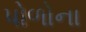
પોળોના